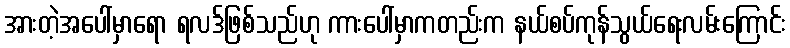
အားတဲ့အပေါ်မှာရော ရလဒ်ဖြစ်သည်ဟု ကားပေါ်မှာကတည်းက နယ်စပ်ကုန်သွယ်ရေးလမ်းကြောင်း